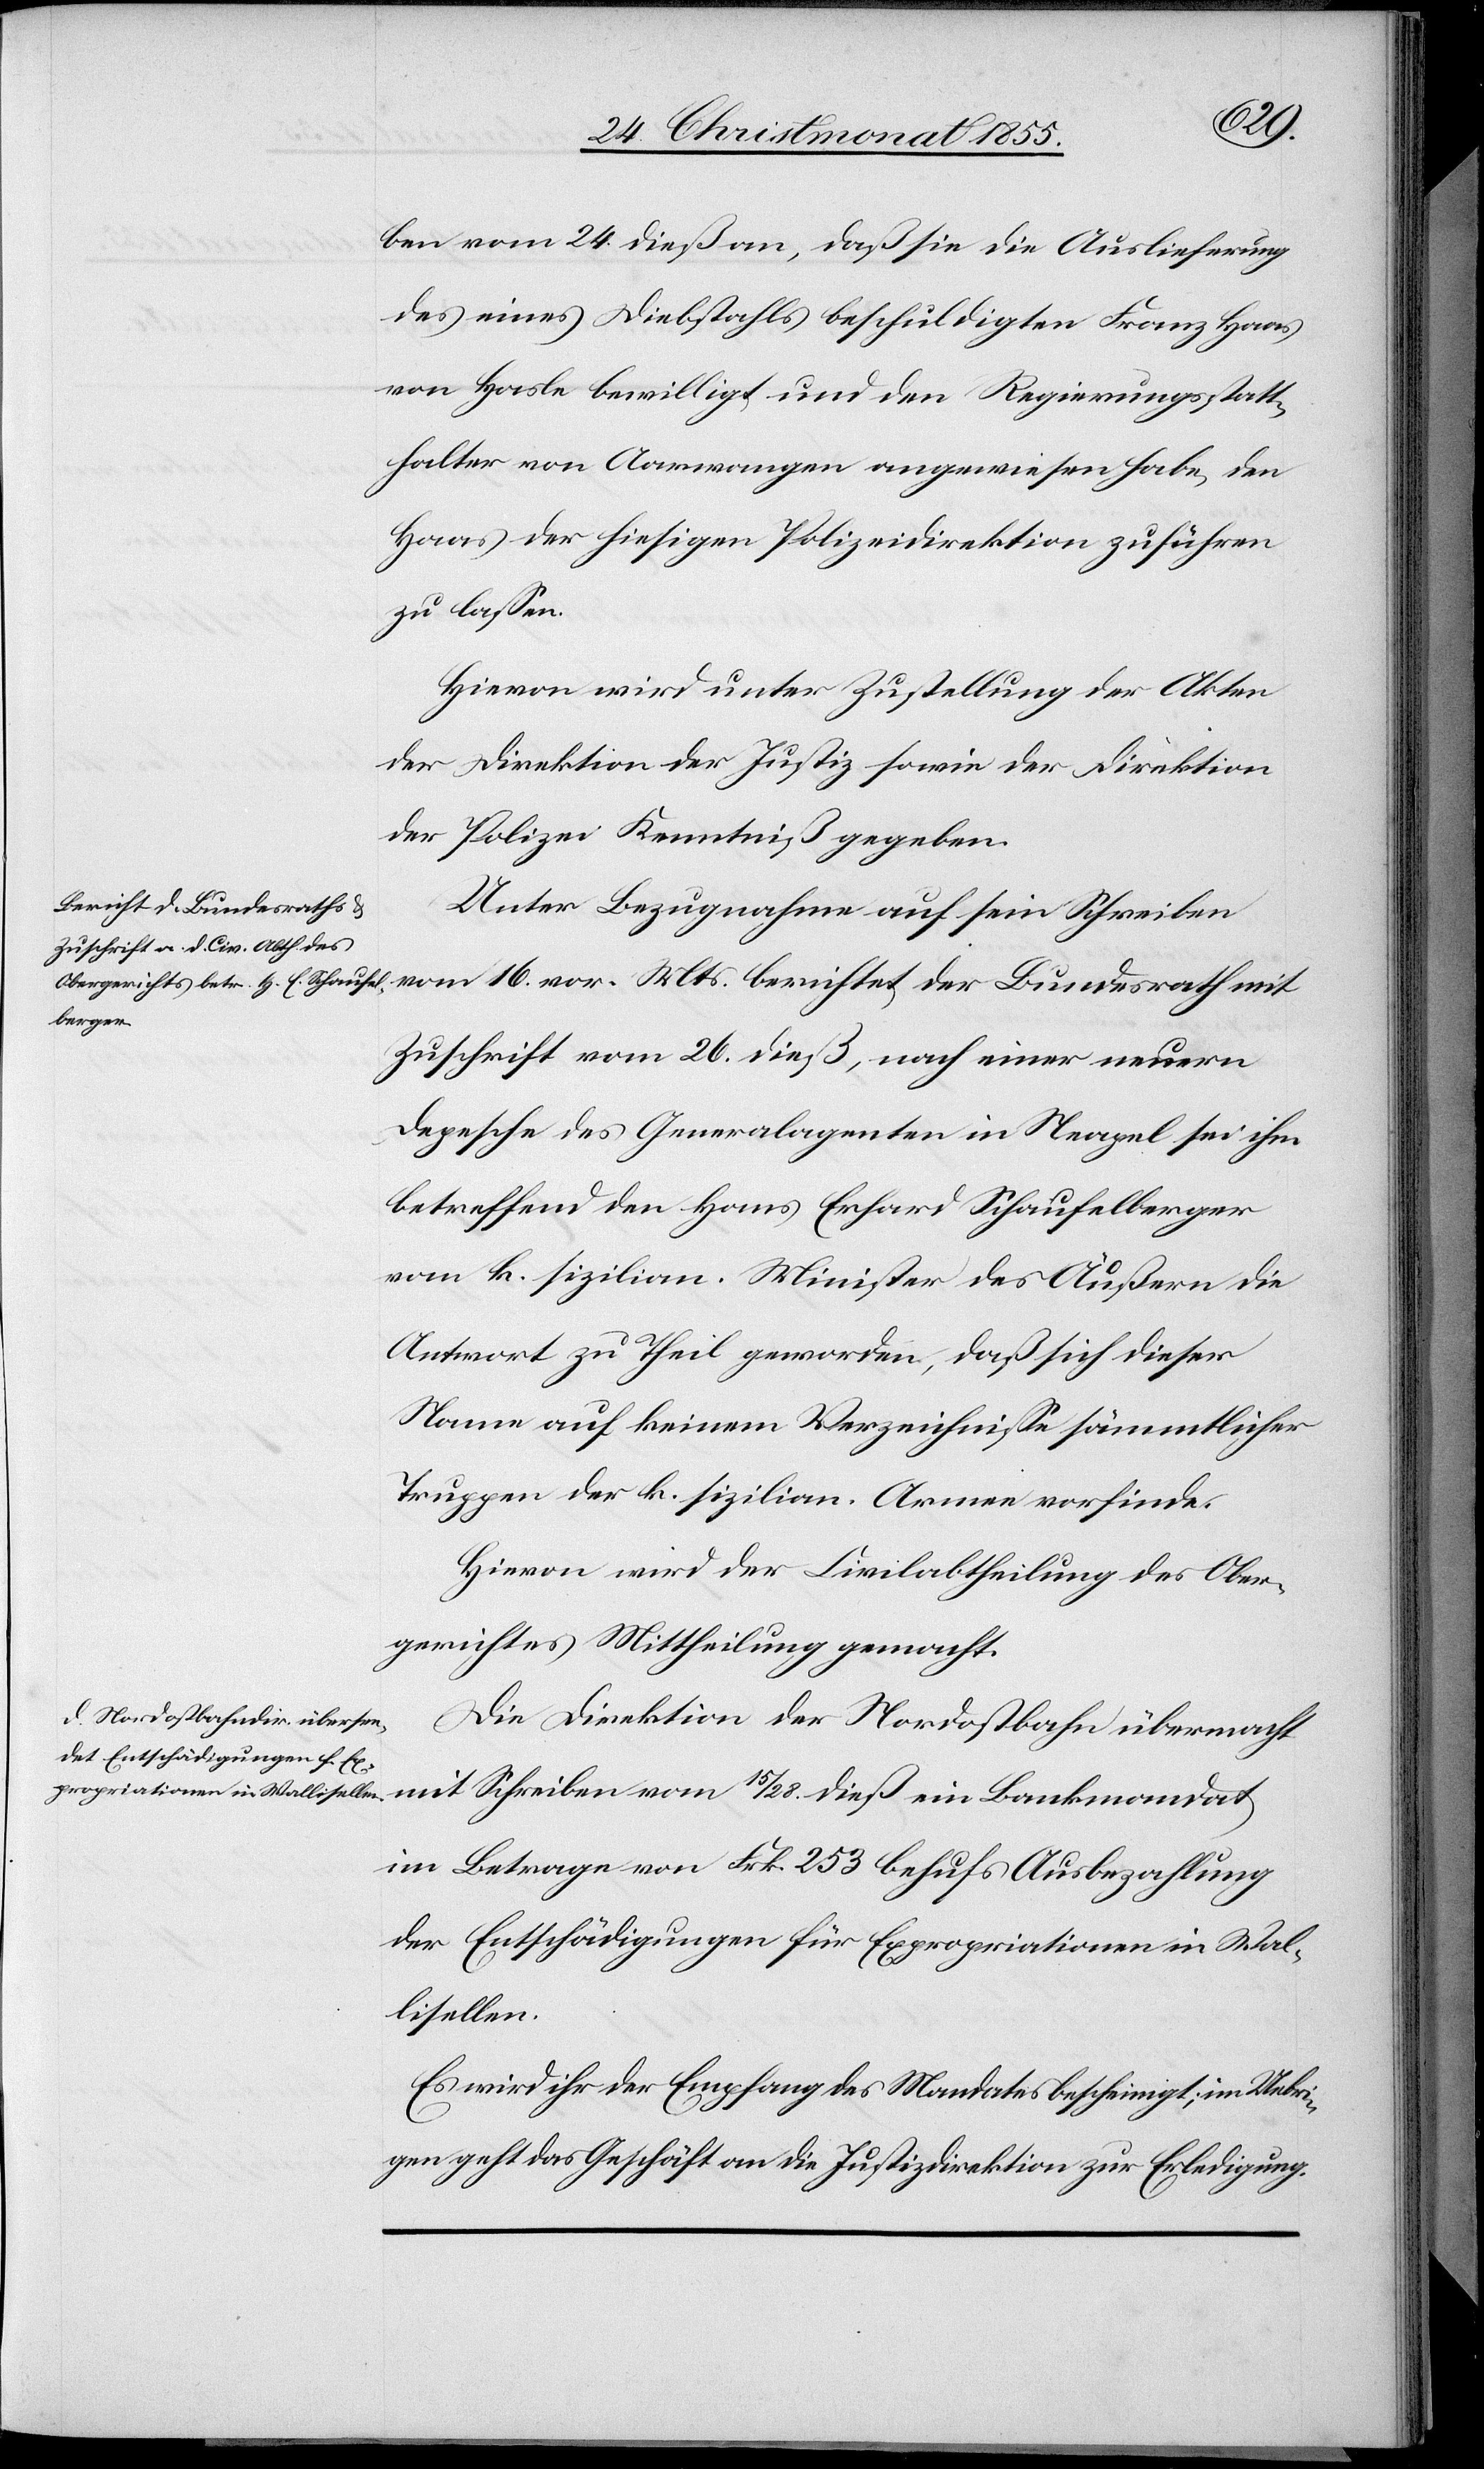
28. Christmont. 1855.]
ben vom 24. dieß an, daß sie die Auslieferung
des eines Diebstahls beschuldigten Franz Haas
von Hasle bewilligt und den Regierungsstatt¬
halter von Aarwangen angewiesen habe, den
Haas der hiesigen Polizeidirektion zuführen
zu lassen.
Hievon wird unter Zustellung der Akten
der Direktion der Justiz sowie der Direktion
der Polizei Kenntniß gegeben.
Unter Bezugnahme auf sein Schreiben
vom 16. vor. Mts. berichtet der Bundesrath mit
Zuschrift vom 26. dieß, nach einer neuern
Depesche des Generalagenten in Neapel sei ihm
betreffend den Hans Erhard Schaufelberger
vom k. sizilian. Minister des Äußern die
Antwort zu Theil geworden, daß sich dieser
Name auf keinem Verzeichnisse sämmtlicher
Truppen der k. sizilian. Armee vorfinde.
Hievon wird der Civilabtheilung des Ober¬
gerichtes Mittheilung gemacht.
Die Direktion der Nordostbahn übermacht
mit Schreiben vom 15 / 28. dieß ein Bankmandat
im Betrage von Frk. 253 behufs Ausbezahlung
der Entschädigungen für Expropriationen in Wal¬
lisellen.
Es wird ihr der Empfang des Mandates bescheinigt; im Uebri¬
gen geht das Geschäft an die Justizdirektion zur Erledigung.